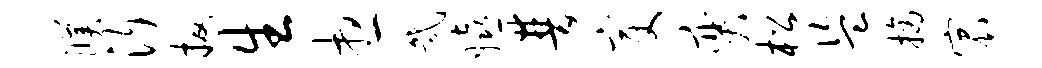
濮沂扳生想几嬉普变奕松盗摘宸